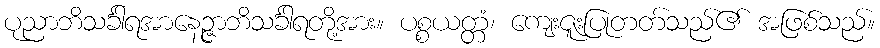
ပုညာဘိသင်္ခါရအာနေဉ္ဇာဘိသင်္ခါရတို့အား။ ပစ္စယတ္တံ၊ ကျေးဇူးပြုတတ်သည်၏ အဖြစ်သည်။